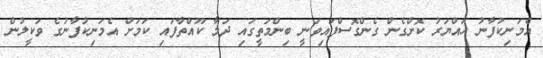
އެމަނިކުފާނު ހައްޔަރު ކޮށްގެން ގެންގޮސްފައިވަނީ ބިންމަތީގައި ދަމާ ކޫއްތާފައި ކަމަށް އެމަނިކުފާނުގެ ވަކީލުން